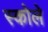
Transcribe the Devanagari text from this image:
स्कोले